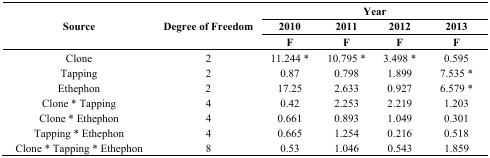
<table><thead><tr><td rowspan="3"><b>Source</b></td><td rowspan="3"><b>Degree of Freedom</b></td><td colspan="4"><b>Year</b></td></tr><tr><td><b>2010</b></td><td><b>2011</b></td><td><b>2012</b></td><td><b>2013</b></td></tr><tr><td><b>F</b></td><td><b>F</b></td><td><b>F</b></td><td><b>F</b></td></tr></thead><tbody><tr><td>Clone</td><td>2</td><td>11.244 *</td><td>10.795 *</td><td>3.498 *</td><td>0.595</td></tr><tr><td>Tapping</td><td>2</td><td>0.87</td><td>0.798</td><td>1.899</td><td>7.535 *</td></tr><tr><td>Ethephon</td><td>2</td><td>17.25</td><td>2.633</td><td>0.927</td><td>6.579 *</td></tr><tr><td>Clone * Tapping</td><td>4</td><td>0.42</td><td>2.253</td><td>2.219</td><td>1.203</td></tr><tr><td>Clone * Ethephon</td><td>4</td><td>0.661</td><td>0.893</td><td>1.049</td><td>0.301</td></tr><tr><td>Tapping * Ethephon</td><td>4</td><td>0.665</td><td>1.254</td><td>0.216</td><td>0.518</td></tr><tr><td>Clone * Tapping * Ethephon</td><td>8</td><td>0.53</td><td>1.046</td><td>0.543</td><td>1.859</td></tr></tbody></table>